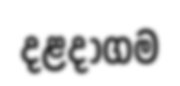
දළදාගම